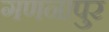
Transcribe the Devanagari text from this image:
गणनापुर